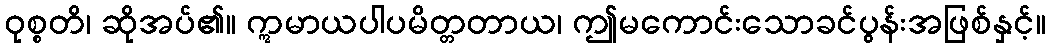
ဝုစ္စတိ၊ ဆိုအပ်၏။ ဣမာယပါပမိတ္တတာယ၊ ဤမကောင်းသောခင်ပွန်းအဖြစ်နှင့်။